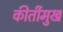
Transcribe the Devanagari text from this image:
कीर्तीमुख